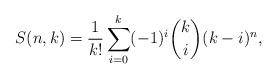
LaTeX: \begin{align*}S(n,k)=\frac1{k!}\sum_{i=0}^k(-1)^i\binom{k}{i}(k-i)^n,\end{align*}